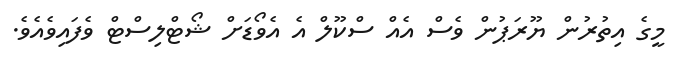
މީގެ އިތުރުން ޔޫރަޕުން ވެސް އެއް ސްކޫލް އެ އެވޯޑަށް ޝޯޓްލިސްޓް ވެފައިވެއެވެ.